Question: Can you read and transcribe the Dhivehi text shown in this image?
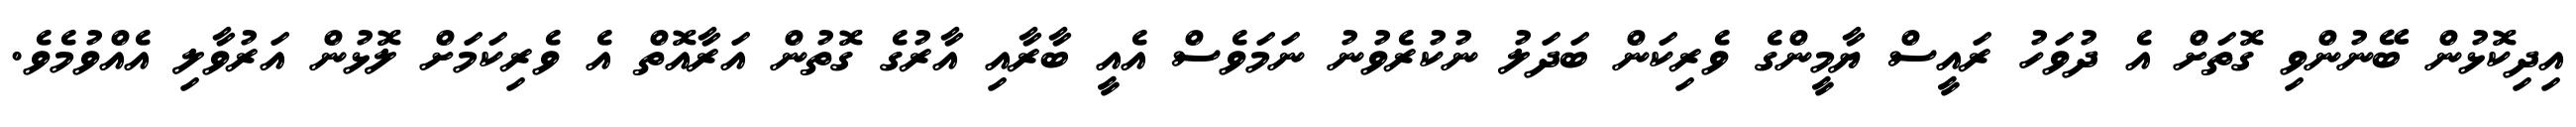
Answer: އިދިކޮޅުން ބޭނުންވި ގޮތަށް އެ ދުވަހު ރައީސް ޔާމީންގެ ވެރިކަން ބަދަލު ނުކުރެވުނު ނަމަވެސް އެއީ ބާރާއި އާރުގެ ގޮތުން އަރާއޮތް އެ ވެރިކަމަށް ލޮޅުން އަރުވާލި އެއްވުމެވެ.